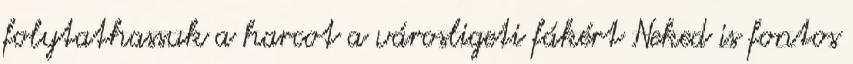
folytathassuk a harcot a városligeti fákért Neked is fontos